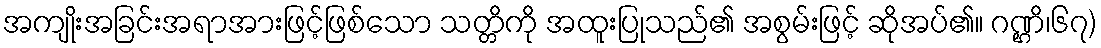
အကျိုးအခြင်းအရာအားဖြင့်ဖြစ်သော သတ္တိကို အထူးပြုသည်၏ အစွမ်းဖြင့် ဆိုအပ်၏။ ဂဏ္ဌိ၊၆၇)